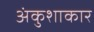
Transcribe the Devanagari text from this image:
अंकुशाकार